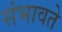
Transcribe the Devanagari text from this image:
संभावते